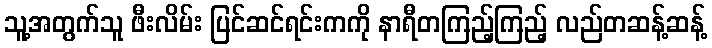
သူ့အတွက်သူ ဖီးလိမ်း ပြင်ဆင်ရင်းကကို နာရီတကြည့်ကြည့် လည်တဆန့်ဆန့်